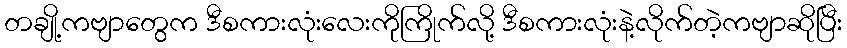
တချို့ကဗျာတွေက ဒီစကားလုံးလေးကိုကြိုက်လို့ ဒီစကားလုံးနဲ့လိုက်တဲ့ကဗျာဆိုပြီး